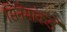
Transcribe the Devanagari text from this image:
सिनेमांकडे